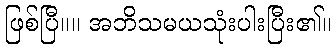
ဖြစ်ပြီ။။ အဘိသမယသုံးပါးပြီး၏။